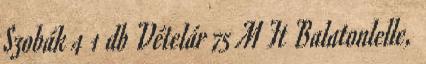
Szobák 4 1 db Vételár 75 M Ft Balatonlelle,